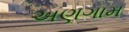
અણગામ